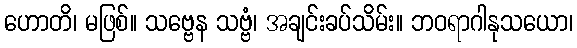
ဟောတိ၊ မဖြစ်။ သဗ္ဗေန သဗ္ဗံ၊ အချင်းခပ်သိမ်း။ ဘဝရာဂါနုသယော၊